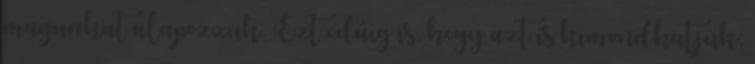
magunkat alapozzuk. Ezt odáig is, hogy azt is kimondhatjuk;